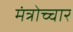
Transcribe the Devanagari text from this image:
मंत्रोच्‍चार